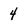
Character: 4